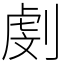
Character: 㓺